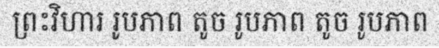
ព្រះវិហារ រូបភាព តូច រូបភាព តូច រូបភាព